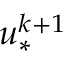
u _ { * } ^ { k + 1 }